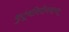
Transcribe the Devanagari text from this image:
कुटूंबनियोजनाच्या